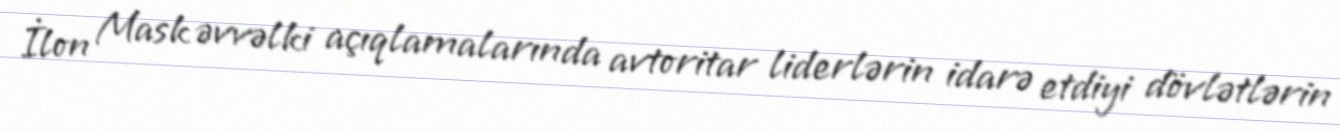
İlon Mask əvvəlki açıqlamalarında avtoritar liderlərin idarə etdiyi dövlətlərin